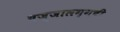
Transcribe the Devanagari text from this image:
वज्‍जालग्गची